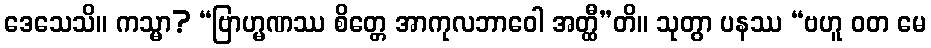
ဒေသေသိ။ ကသ္မာ? “ဗြာဟ္မဏဿ စိတ္တေ အာကုလဘာဝေါ အတ္ထီ”တိ။ သုတွာ ပနဿ “ဗဟူ ဝတ မေ